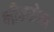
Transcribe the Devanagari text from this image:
भीमसेना